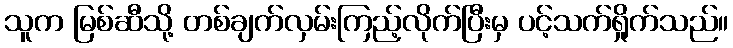
သူက မြစ်ဆီသို့ တစ်ချက်လှမ်းကြည့်လိုက်ပြီးမှ ပင့်သက်ရှိုက်သည်။